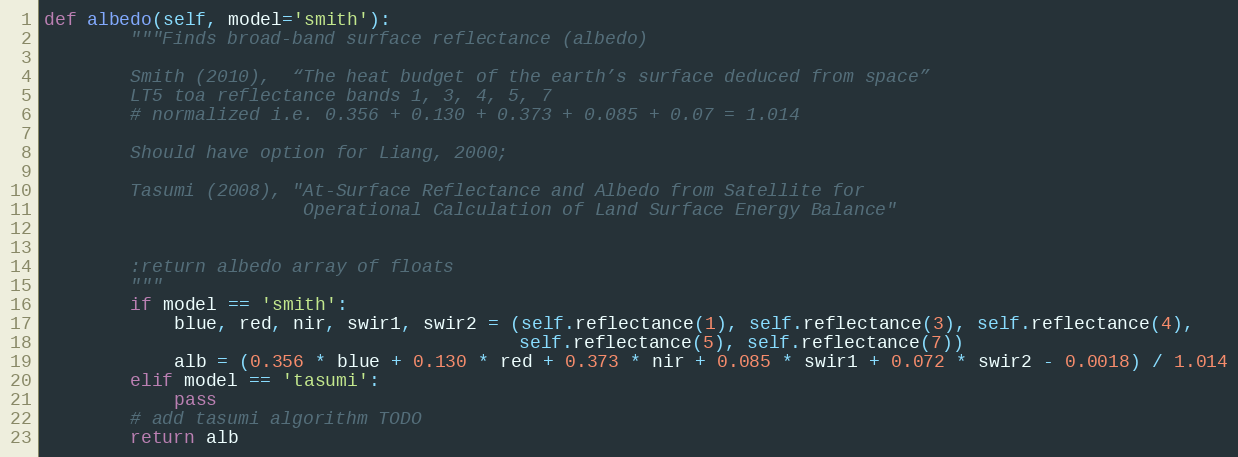
Language: Python
def albedo(self, model='smith'):
        """Finds broad-band surface reflectance (albedo)

        Smith (2010),  “The heat budget of the earth’s surface deduced from space”
        LT5 toa reflectance bands 1, 3, 4, 5, 7
        # normalized i.e. 0.356 + 0.130 + 0.373 + 0.085 + 0.07 = 1.014

        Should have option for Liang, 2000;

        Tasumi (2008), "At-Surface Reflectance and Albedo from Satellite for
                        Operational Calculation of Land Surface Energy Balance"

        :return albedo array of floats
        """
        if model == 'smith':
            blue, red, nir, swir1, swir2 = (self.reflectance(1), self.reflectance(3), self.reflectance(4),
                                            self.reflectance(5), self.reflectance(7))
            alb = (0.356 * blue + 0.130 * red + 0.373 * nir + 0.085 * swir1 + 0.072 * swir2 - 0.0018) / 1.014
        elif model == 'tasumi':
            pass
        # add tasumi algorithm TODO
        return alb